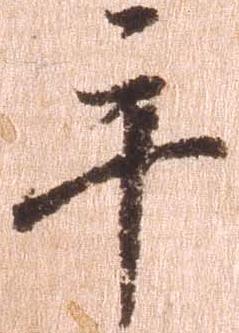
手